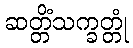
ဆတ္တိံသက္ခတ္တုံ